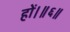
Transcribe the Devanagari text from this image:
हों।॥६॥